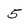
Character: 5